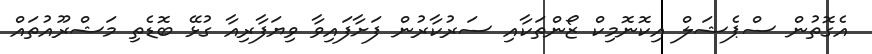
އެގޮތުން ސްޕެޝަލް އިކޮނޮމިކް ޒޯންތަކާއި ސަރުކާރުން ފަށާފައިވާ ވިޔަފާރިއާ ގުޅޭ ބޮޑެތި މަޝްރޫއުތައް